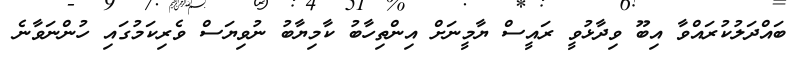
ބައްދަލުކުރައްވާ އިބޫ ވިދާޅުވީ ރައީސް ޔާމީނަށް އިންތިހާބު ކާމިޔާބު ނުވިޔަސް ވެރިކަމުގައި ހުންނަވާނެ